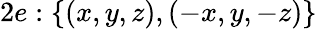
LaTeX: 2e:\{ (x,y,z),(-x,y,-z)\}